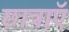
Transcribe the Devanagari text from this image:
छात्राएॅ